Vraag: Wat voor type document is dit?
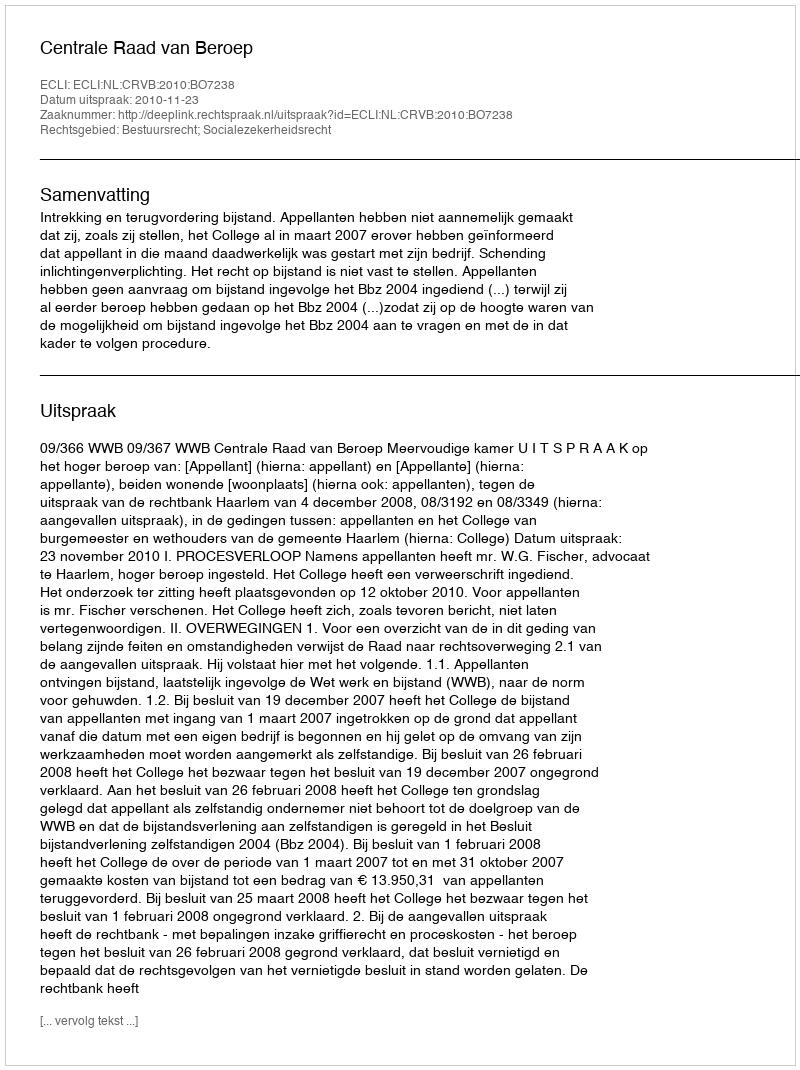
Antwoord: Uitspraak